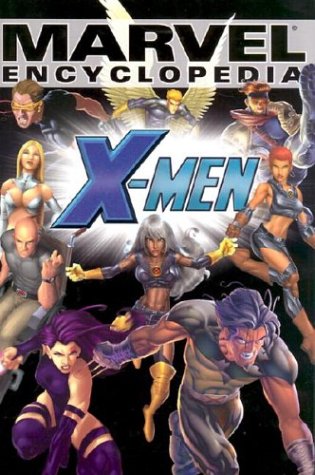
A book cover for Marvel Encyclopedia Volume 2: X-Men HC; Syd Barney-Hawke; Reference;